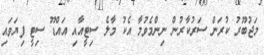
މަޖުބޫރު ކުރަން ސަރުކާރުން ނިންމެވުމާ އެކު މާލެ ސިޓީއާއި އައްޑޫ ސިޓީ ފިޔަވައި